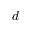
d